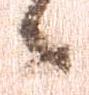
候